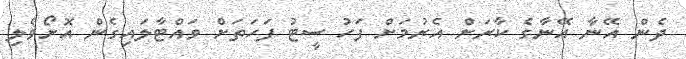
ދެން އޭނާ އޭނާގެ ކާރަށް އެރުމަށް ފަހު ސީޓު ފަހަތަށް ވައްޓާލައިގެން އޮށޯވެލި